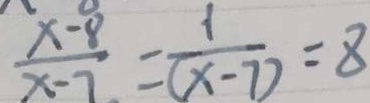
\frac { x - 8 } { x - 7 } = \frac { 1 } { ( x - 7 ) } = 8